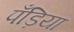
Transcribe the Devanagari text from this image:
पँड़िया